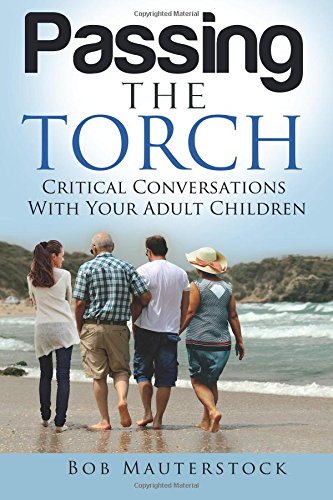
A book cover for Passing the Torch: Critical Conversations With Your Adult Children; Bob Mauterstock; Self-Help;